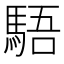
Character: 䮏